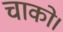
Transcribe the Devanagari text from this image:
चाको।